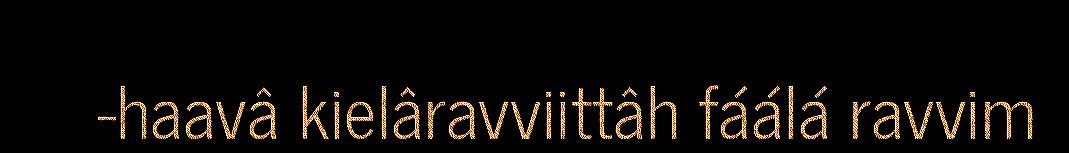
-haavâ kielâravviittâh fáálá ravvim